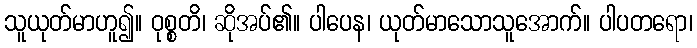
သူယုတ်မာဟူ၍။ ဝုစ္စတိ၊ ဆိုအပ်၏။ ပါပေန၊ ယုတ်မာသောသူအောက်။ ပါပတရော၊